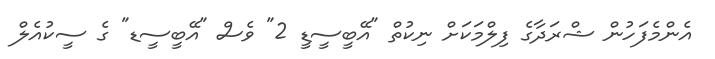
އެންމެފަހުން ޝްރަދާގެ ފިލްމަކަށް ނިކުތް "އޭބީސީޑީ 2" ވެސް "އޭބީސީޑ" ގެ ސީކުއެލް